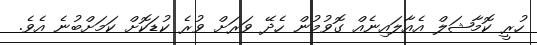
ހުރީ ކޮމާޝަލް އެއާލައިނެއް ގޮވުމުން ހެދޭ ވަރަށް ވުރެ ކުޑަކޮށް ކަމަށްބުނެ އެވެ.